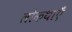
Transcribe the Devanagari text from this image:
लोकथाएँ